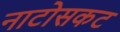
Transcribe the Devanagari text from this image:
नाटोसकट